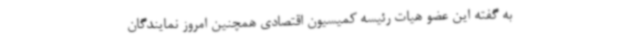
به گفته این عضو هیات رئیسه کمیسیون اقتصادی همچنین امروز نمایندگان